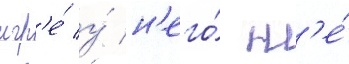
игр'е́ у́ н'его́ н'е́